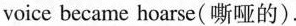
voice became hoarse(嘶哑的).